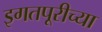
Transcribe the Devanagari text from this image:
इगतपूरीच्या